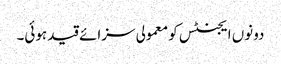
دونوں ایجنٹس کو معمولی سزائے قید ہوئی۔